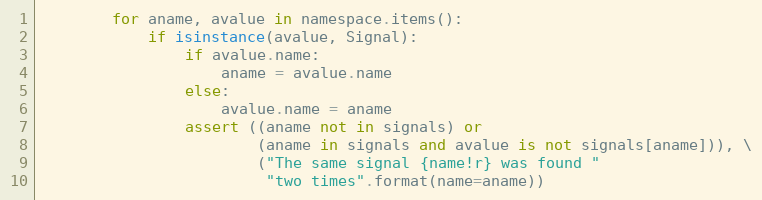
Language: Python
        for aname, avalue in namespace.items():
            if isinstance(avalue, Signal):
                if avalue.name:
                    aname = avalue.name
                else:
                    avalue.name = aname
                assert ((aname not in signals) or
                        (aname in signals and avalue is not signals[aname])), \
                        ("The same signal {name!r} was found "
                         "two times".format(name=aname))